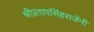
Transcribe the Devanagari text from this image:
श्रीप्रतापसिंहराजेंनी